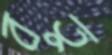
বতু